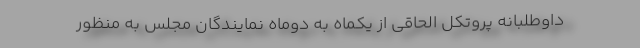
داوطلبانه پروتکل الحاقی از یکماه به دوماه نمایندگان مجلس به منظور